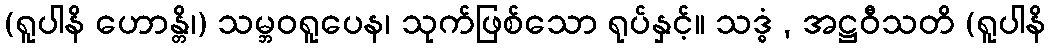
(ရူပါနိ ဟောန္တိ၊) သမ္ဘဝရူပေန၊ သုက်ဖြစ်သော ရုပ်နှင့်။ သဒ္ဓံ , အဋ္ဌဝီသတိ (ရူပါနိ